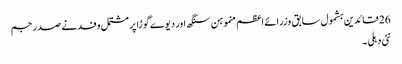
26 قائدین بشمول سابق وزرائے اعظم منموہن سنگھ اور دیوے گوڑا پر مشتمل وفد نے صدر جم
نئی دہلی ۔